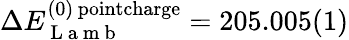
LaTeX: \Delta E_{\mathrm{~L~a~m~b~}}^{(0)\, \textrm{pointcharge}}=205.005(1)